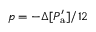
{ p = - \Delta [ P _ { \mathrm { a } } ^ { \prime } ] / 1 2 }